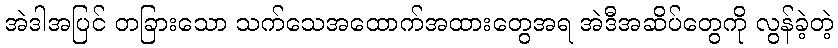
အဲဒါအပြင် တခြားသော သက်သေအထောက်အထားတွေအရ အဲဒီအဆိပ်တွေကို လွန်ခဲ့တဲ့